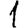
Digit: 1